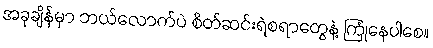
အခုချိန်မှာ ဘယ်လောက်ပဲ စိတ်ဆင်းရဲစရာတွေနဲ့ ကြုံနေပါစေ။